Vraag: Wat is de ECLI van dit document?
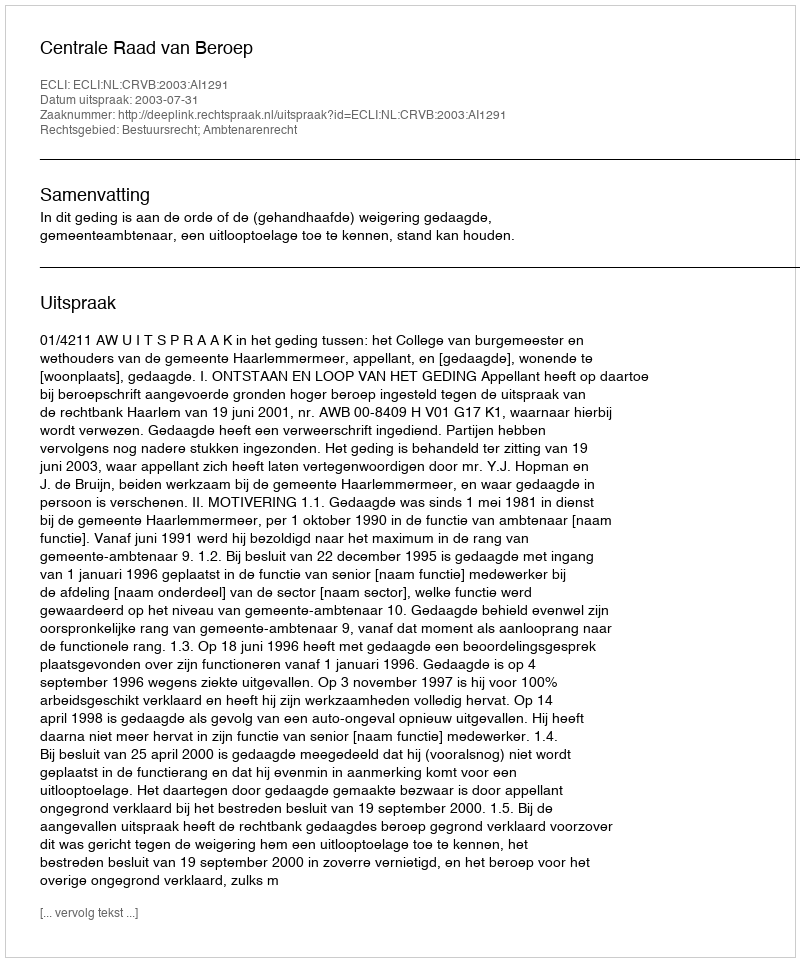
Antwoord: ECLI:NL:CRVB:2003:AI1291